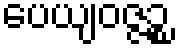
ပေယျဝဇ္ဇဉ္စ